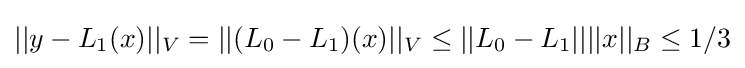
||y-L_{1}(x)||_{V}=||(L_{0}-L_{1})(x)||_{V}\leq ||L_{0}-L_{1}||||x||_{B}\leq 1/3